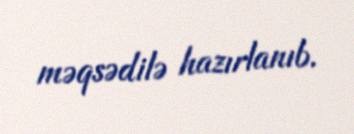
məqsədilə hazırlanıb.